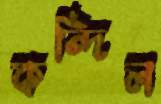
কন্দিল